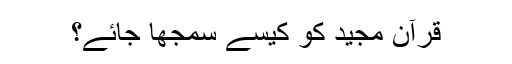
قرآن مجید کو کیسے سمجھا جائے؟